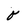
Character: o